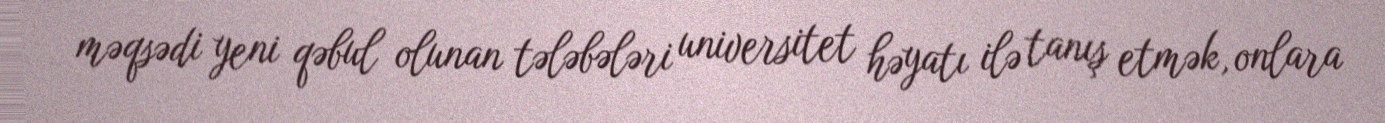
məqsədi yeni qəbul olunan tələbələri universitet həyatı ilə tanış etmək, onlara